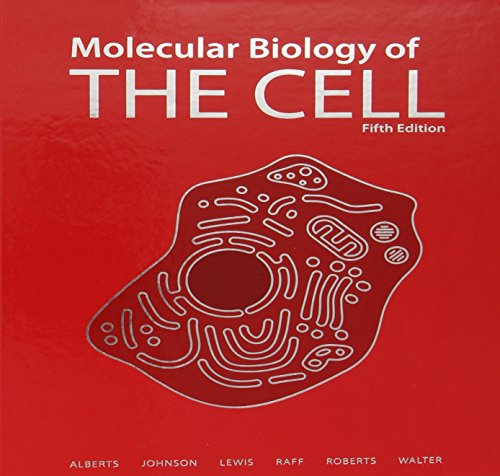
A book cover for Molecular Biology of the Cell, 5th Edition; Bruce Alberts; Medical Books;